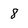
Character: 8